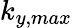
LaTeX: k_{y,max}